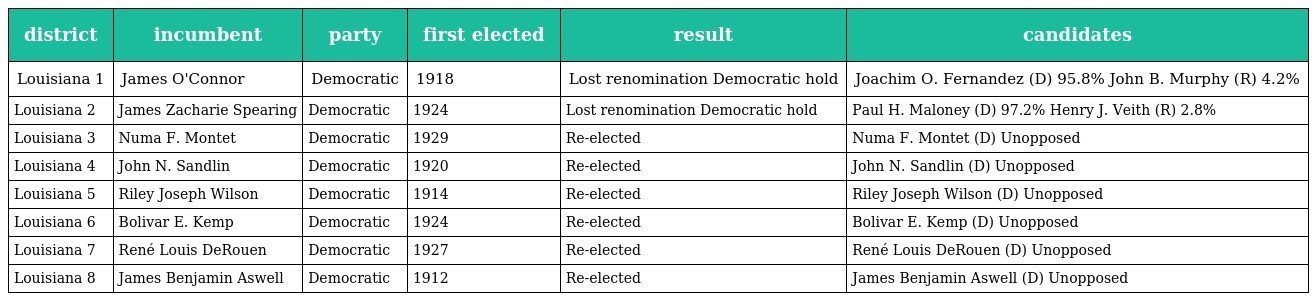
| district | incumbent | party | first elected | result | candidates |
 | --- | --- | --- | --- | --- | --- |
 | Louisiana 1 | James O'Connor | Democratic | 1918 | Lost renomination Democratic hold | Joachim O. Fernandez (D) 95.8% John B. Murphy (R) 4.2% |
 | Louisiana 2 | James Zacharie Spearing | Democratic | 1924 | Lost renomination Democratic hold | Paul H. Maloney (D) 97.2% Henry J. Veith (R) 2.8% |
 | Louisiana 3 | Numa F. Montet | Democratic | 1929 | Re-elected | Numa F. Montet (D) Unopposed |
 | Louisiana 4 | John N. Sandlin | Democratic | 1920 | Re-elected | John N. Sandlin (D) Unopposed |
 | Louisiana 5 | Riley Joseph Wilson | Democratic | 1914 | Re-elected | Riley Joseph Wilson (D) Unopposed |
 | Louisiana 6 | Bolivar E. Kemp | Democratic | 1924 | Re-elected | Bolivar E. Kemp (D) Unopposed |
 | Louisiana 7 | René Louis DeRouen | Democratic | 1927 | Re-elected | René Louis DeRouen (D) Unopposed |
 | Louisiana 8 | James Benjamin Aswell | Democratic | 1912 | Re-elected | James Benjamin Aswell (D) Unopposed |